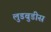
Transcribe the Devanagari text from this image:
लुडबुडीस